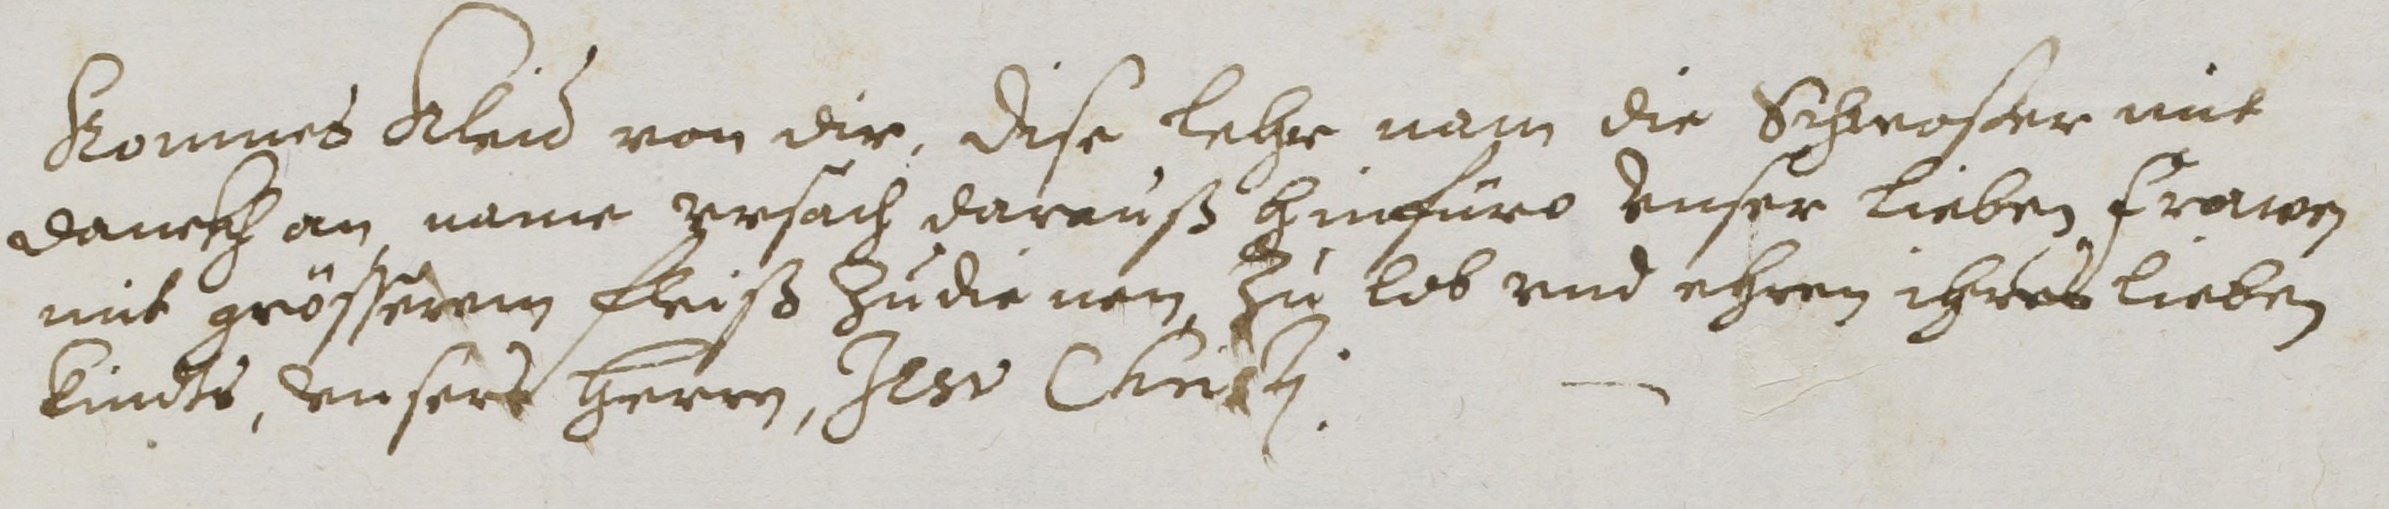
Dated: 1614–1638